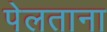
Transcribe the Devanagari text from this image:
पेलताना